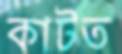
কাটত